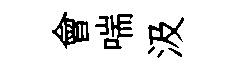
會喘汲